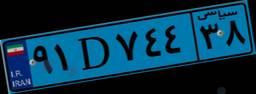
۱۷D۳۷۰۹۰